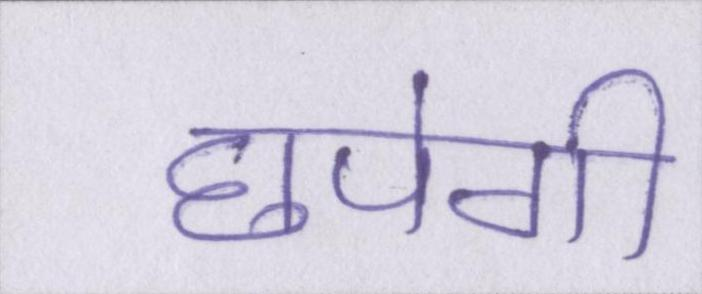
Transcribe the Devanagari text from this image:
छपेगी